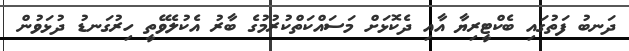
ދަނބު ފަތުގައި ބެކްޓީރިޔާ އާއި ދެކޮޅަށް މަސައްކަތްކުރުމުގެ ބާރު އެކުލެވޭތީ ހިރުގަނޑު ދުޅަވުން